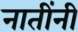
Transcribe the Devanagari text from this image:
नातींनी